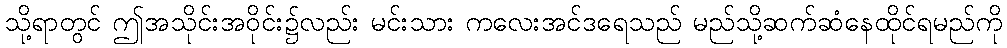
သို့ရာတွင် ဤအသိုင်းအဝိုင်း၌လည်း မင်းသား ကလေးအင်ဒရေသည် မည်သို့ဆက်ဆံနေထိုင်ရမည်ကို